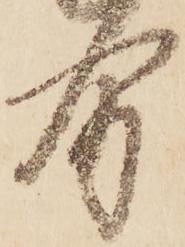
分